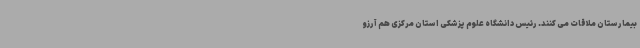
بیمارستان ملاقات می کنند. رئیس دانشگاه علوم پزشکی استان مرکزی هم آرزو